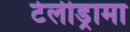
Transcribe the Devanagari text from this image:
टेलीड्रामा